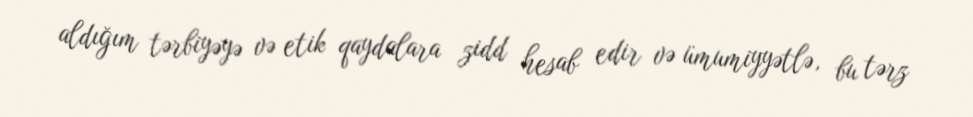
aldığım tərbiyəyə və etik qaydalara zidd hesab edir və ümumiyyətlə, bu tərz